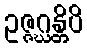
ဥဇ္ဇဂ္ဃန္တိပိ